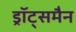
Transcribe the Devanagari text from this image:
ड्रॉट्समैन